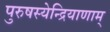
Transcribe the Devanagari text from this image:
पुरुषस्येन्द्रियाणाम्